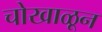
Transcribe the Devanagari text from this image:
चोखाळून